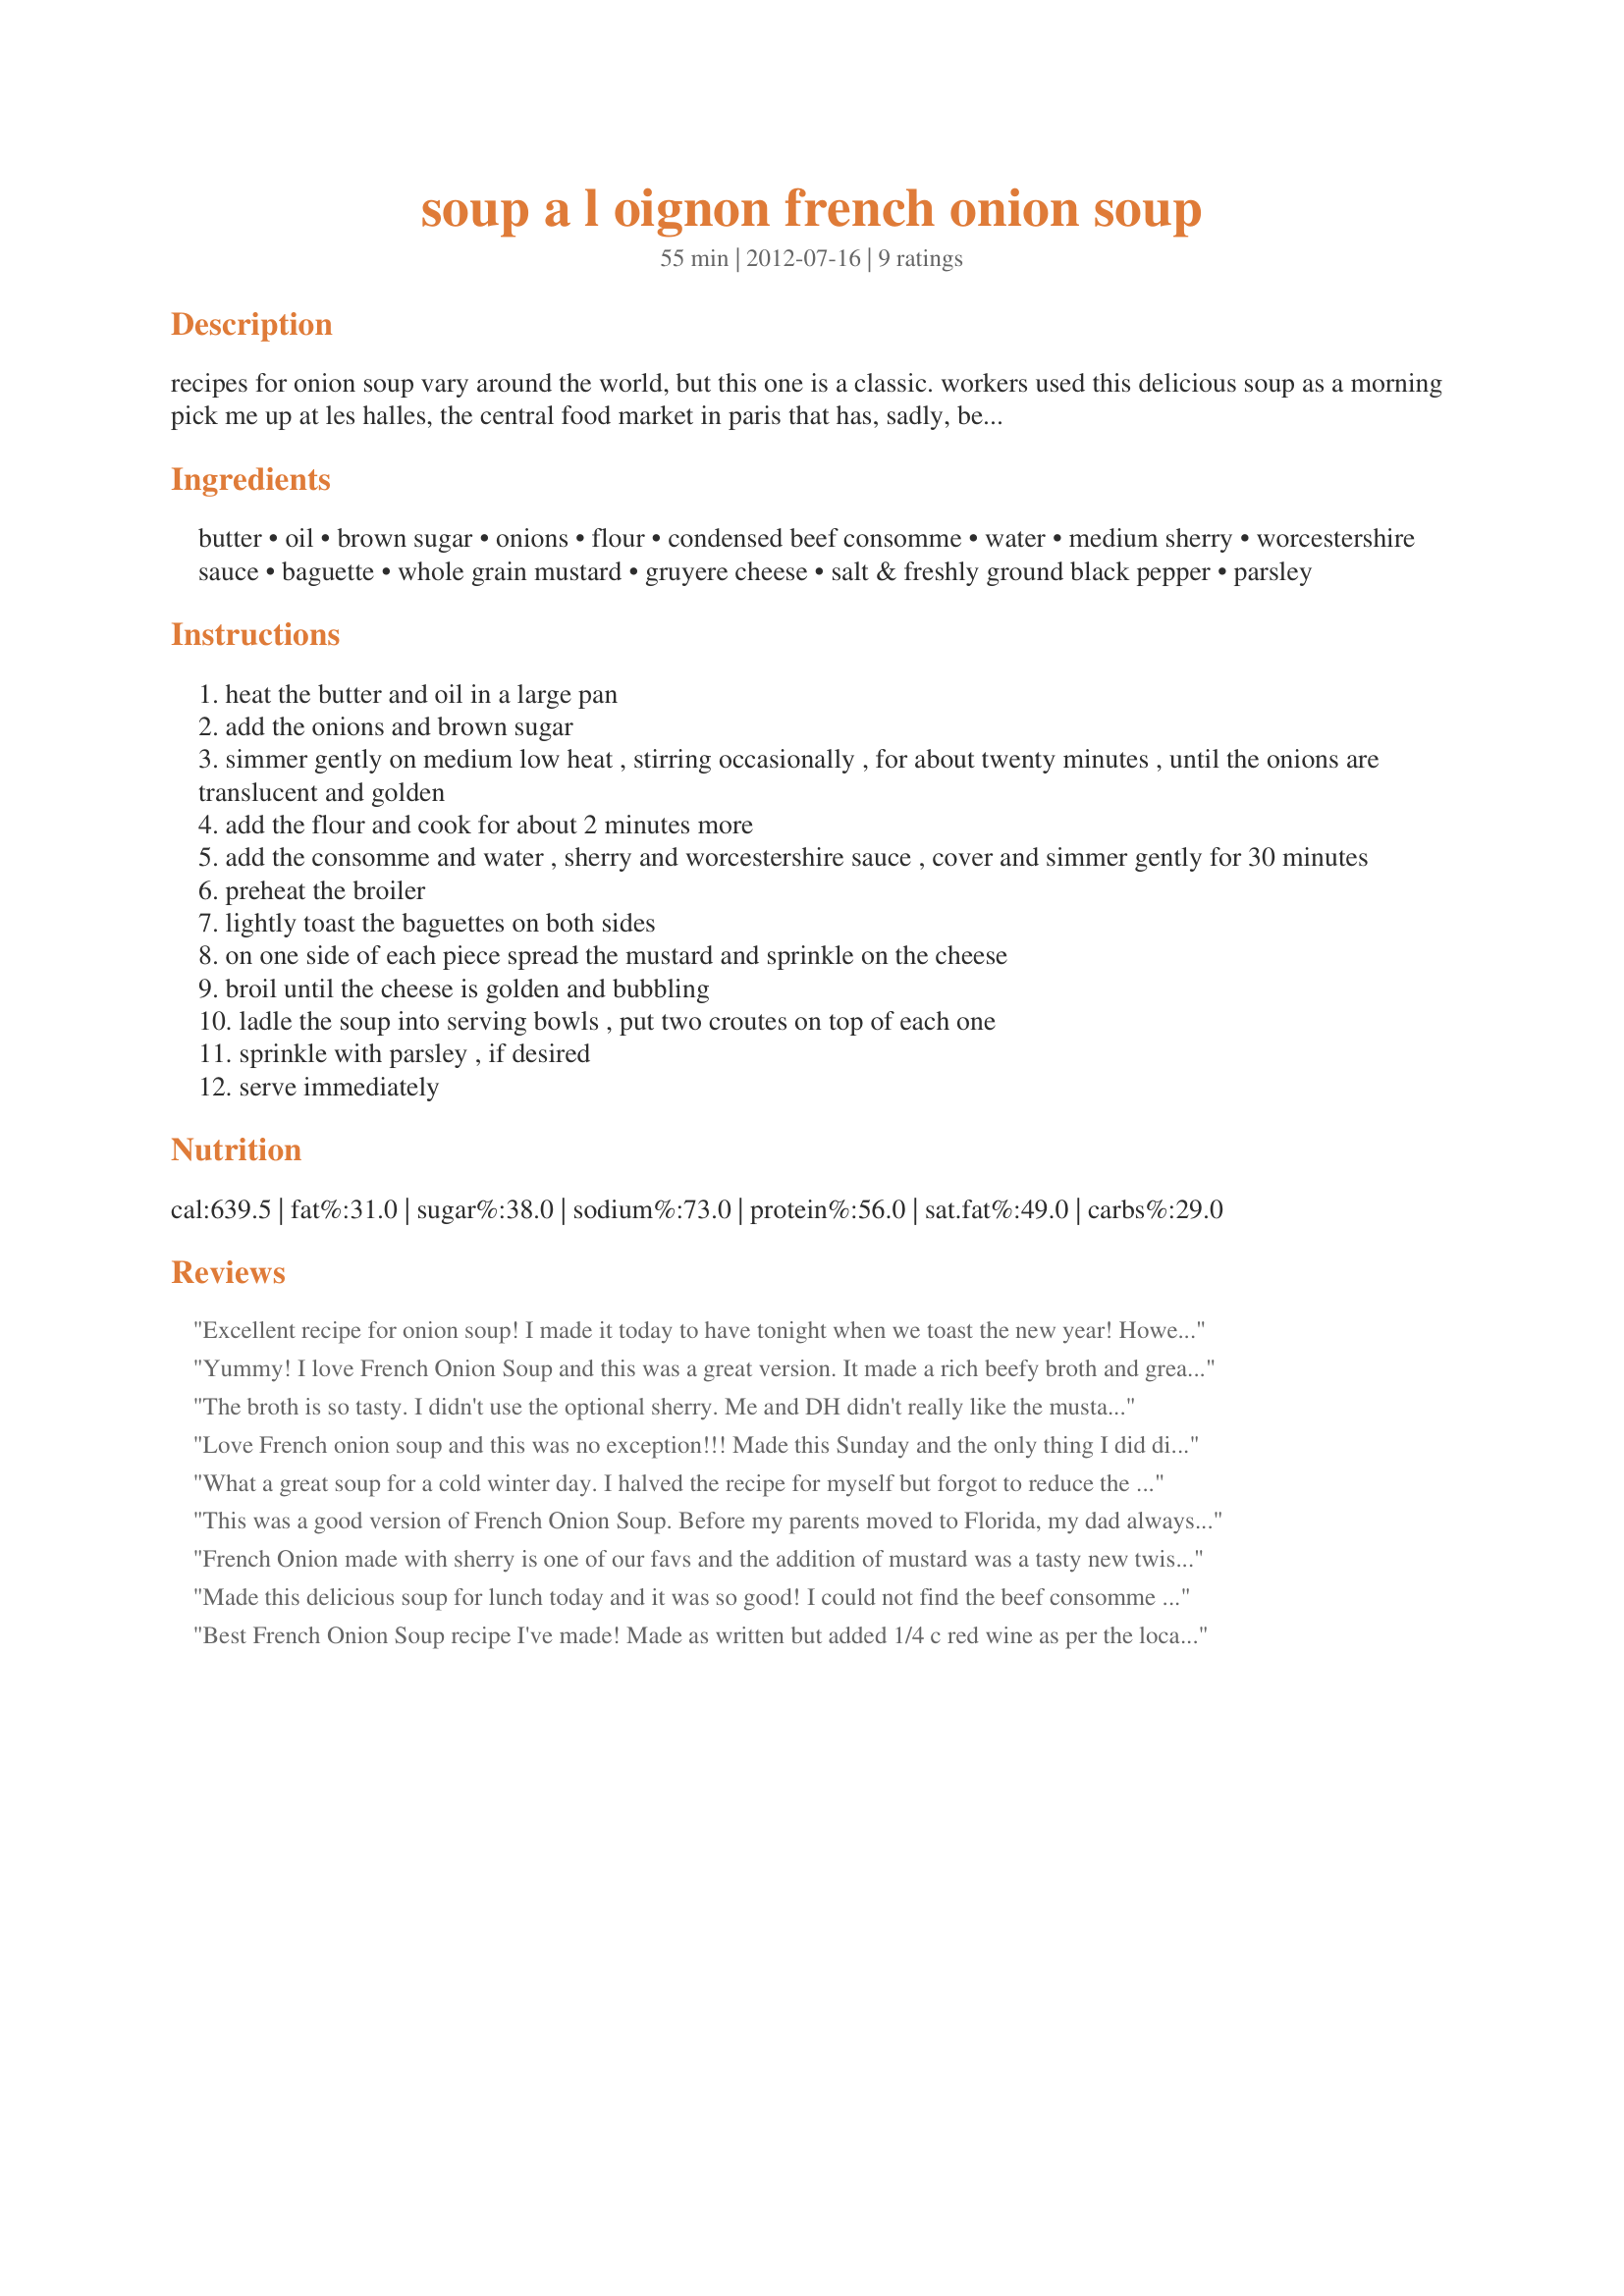
soup a l oignon french onion soup
Preparation time: 55 minutes

recipes for onion soup vary around the world, but this one is a classic. workers used this delicious soup as a morning pick me up at les halles, the central food market in paris that has, sadly, been demolished. for zaar world tour 8

Ingredients:
butter, oil, brown sugar, onions, flour, condensed beef consomme, water, medium sherry, worcestershire sauce, baguette, whole grain mustard, gruyere cheese, salt & freshly ground black pepper, parsley

Steps:
heat the butter and oil in a large pan
add the onions and brown sugar
simmer gently on medium low heat , stirring occasionally , for about twenty minutes , until the onions are translucent and golden
add the flour and cook for about 2 minutes more
add the consomme and water , sherry and worcestershire sauce , cover and simmer gently for 30 minutes
preheat the broiler
lightly toast the baguettes on both sides
on one side of each piece spread the mustard and sprinkle on the cheese
broil until the cheese is golden and bubbling
ladle the soup into serving bowls , put two croutes on top of each one
sprinkle with parsley , if desired
serve immediately

Reviews:
Excellent recipe for onion soup! I made it today to have tonight when we toast the new year! However, I did sneek an early taste. It is very rich tasting! I used 5 sweet vadalia onions for a sweet and savory combination. Tonight at midnight I will serve it with gruyere cheese on an Italian baguette broiled in the oven. Yum! Made for Please Make My Recipe Reunion, 12-31-12 tag.
Yummy! I love French Onion Soup and this was a great version. It made a rich beefy broth and great flavor. I used a Artisan Caramelized Onion bread for the baguette and loved it. Thanks pammyowl for a nice keeper and a great lunch. Made for Newest Zaar Tag.
The broth is so tasty. I didn't use the optional sherry. Me and DH didn't really like the mustard on the bread. The following bowls were without mustard and it was really yummy. My son doesn't like onion soup usually, but he asked for a bowl and liked it. Thanks Pammy :) Made for Newest Zaar tag game
Love French onion soup and this was no exception!!! Made this Sunday and the only thing I did differently was to add a few more onions. I did used the optional sherry which just added to the depth of flavor. Definately a keeper. Made for the Cook-a-thon in Memory of Pammyowl 2013.
What a great soup for a cold winter day. I halved the recipe for myself but forgot to reduce the brown sugar so it was a little on the sweet side but still oh so good. I didn't add as much water as I wanted a fuller flavor and I did use the sherry. I think the sherry is what really gives the soup the flavor. I was a little unsure about the Worcestershire sauce but it went over well. I only put mozzarella cheese on top of the soup then popped it in the oven until the cheese was melted and brown. Made for Best of Cookbook 2012.
This was a good version of French Onion Soup. Before my parents moved to Florida, my dad always made French Onion Soup. Though I don't have the recipe, they both seemed pretty close. For this I left out the sherry, and the mustard, used swiss cheese, and put in a crockpot for 5 hours. The soup itself, had nice flavors, and taste. We all agreed that it was good ( 3 - 5 stars), and (1 4-star), but all in all a good comfort food for a fall evening in the northwest, and a reminder of what I am missing with my dads recipe. Though the kids especially enjoyed this. Tagged and made as a bonus for the November/December contest in I Recommend.
French Onion made with sherry is one of our favs and the addition of mustard was a tasty new twist. <br/>Thanks so very much for chasing away our winter blues with this flavorsome soup.
Made this delicious soup for lunch today and it was so good! I could not find the beef consomme in the store so I used beef stock and did not dilute it. The toasted bread crouton with gruyere cheese and the mustard was really good as well. Will definitely make this soup again. Made for Make My Recipe Reunion, December, 2012.
Best French Onion Soup recipe I've made! Made as written but added 1/4 c red wine as per the local winery's suggestion. Thank you so much for sharing!
